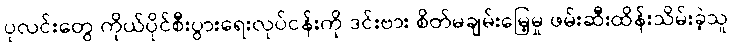
ပုလင်းတွေ ကိုယ်ပိုင်စီးပွားရေးလုပ်ငန်းကို ဒင်းဗား စိတ်မချမ်းမြေ့မှု ဖမ်းဆီးထိန်းသိမ်းခဲ့သူ